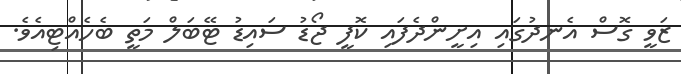
ޒަވީ ގޮސް އެނދުގައި އިށީންދެފައި ކޮފީ ޖޯޑު ސައިޑު ޓޭބަލް މަތީ ބެހެއްޓިއެވެ.